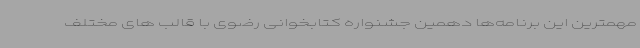
مهمترین این برنامه‌ها دهمین جشنواره کتابخوانی رضوی با قالب‌ های مختلف